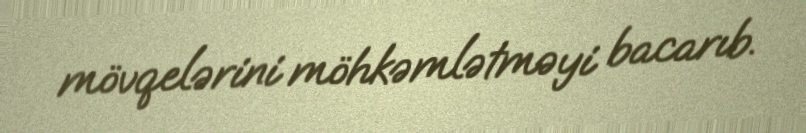
mövqelərini möhkəmlətməyi bacarıb.